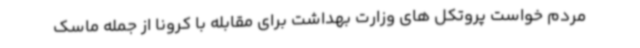
مردم خواست پروتکل های وزارت بهداشت برای مقابله با کرونا از جمله ماسک